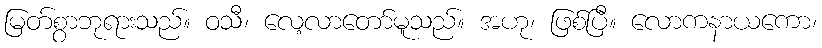
မြတ်စွာဘုရားသည်။ ဝသီ၊ လေ့လာတော်မူသည်။ အဟု၊ ဖြစ်ပြီ။ လောကနာယကော၊